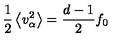
\frac { 1 } { 2 } \left\langle v _ { \alpha } ^ { 2 } \right\rangle = \frac { d - 1 } { 2 } f _ { 0 }